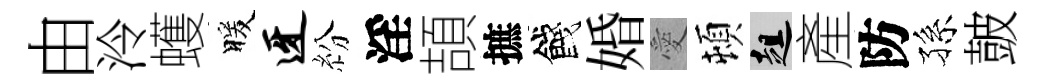
由泠蠖暖迓紛淫頡摭餞婚愛頓趄產防孫皷